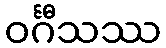
ဝင်္ဂီသဿ